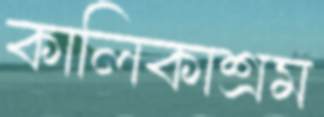
কালিকাশ্রম